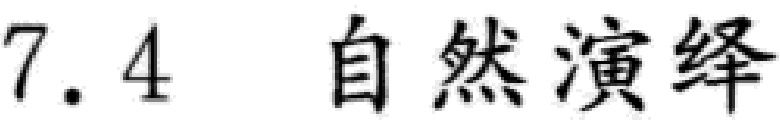
7.4  自然演绎